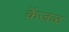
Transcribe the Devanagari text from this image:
केंजळ